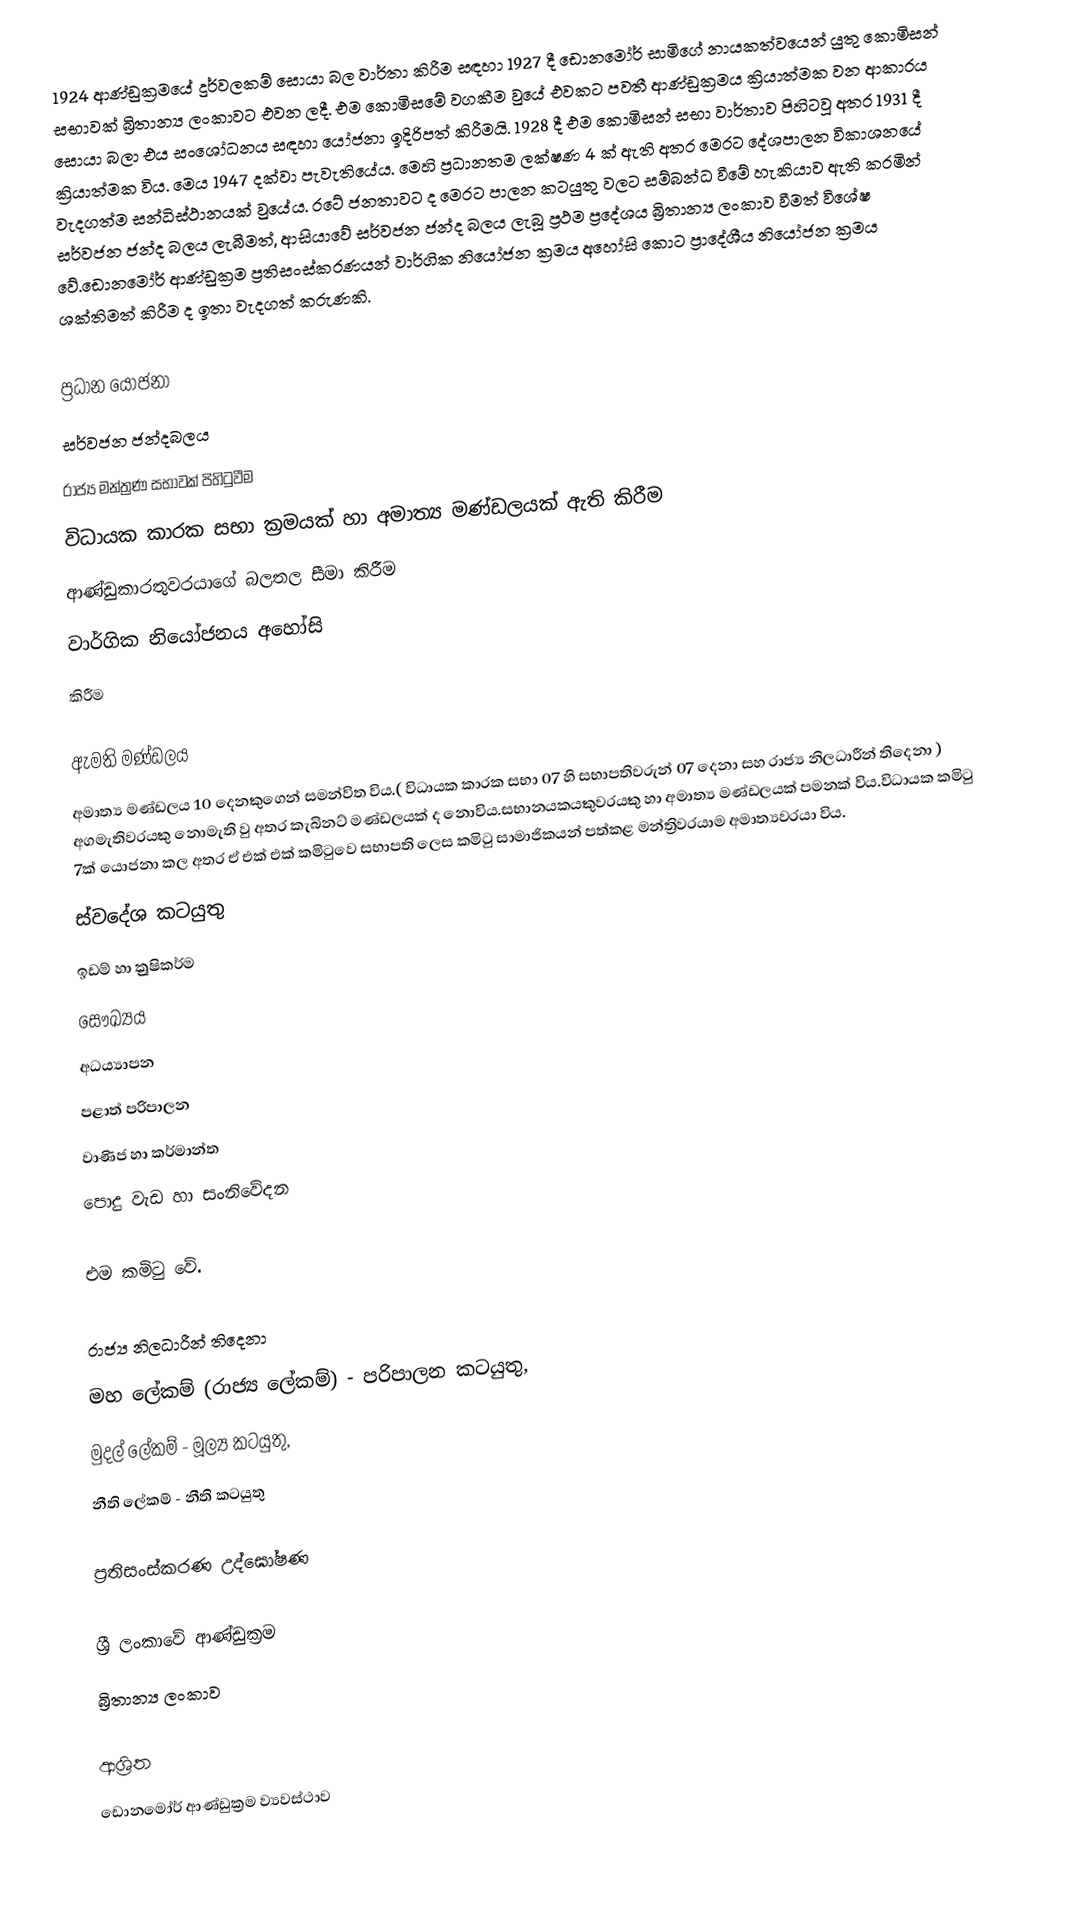
1924 ආණ්ඩුක්‍රමයේ  දුර්වලකම් සොයා බල වාර්තා කිරීම සඳහා 1927 දී ඩොනමෝර් සාමිගේ නායකත්වයෙන් යුතු කොමිසන් සභාවක් බ්‍රිතාන්‍ය ලංකාවට එවන ලදී. එම කොමිසමේ වගකීම වුයේ එවකට පවතී ආණ්ඩුක්‍රමය ක්‍රියාත්මක වන ආකාරය සොයා බලා එය සංශෝධනය සඳහා යෝජනා ඉදිරිපත් කිරීමයි. 1928 දී   එම කොමිසන් සභා වාර්තාව පිහිටවූ අතර 1931 දී ක්‍රියාත්මක විය. මෙය 1947 දක්වා පැවැතියේය. මෙහි ප්‍රධානතම ලක්ෂණ 4 ක් ඇති අතර මෙරට දේශපාලන විකාශනයේ වැදගත්ම සන්ධිස්ථානයක් වුයේය. රටේ ජනතාවට ද මෙරට පාලන කටයුතු වලට සම්බන්ධ වීමේ හැකියාව ඇති කරමින් සර්වජන ජන්ද බලය ලැබීමත්, ආසියාවේ සර්වජන ජන්ද බලය ලැබූ ප්‍රථම ප්‍රදේශය   බ්‍රිතාන්‍ය ලංකාව වීමත් විශේෂ වේ.ඩොනමෝර් ආණ්ඩුක්‍රම ප්‍රතිසංස්කරණයන් වාර්ගික නියෝජන ක්‍රමය අහෝසි කොට ප්‍රාදේශීය නියෝජන ක්‍රමය ශක්තිමත් කිරීම ද ඉතා වැදගත් කරුණකි.

ප්‍රධාන යෝජනා
 සර්වජන ජන්දබලය
 රාජ්‍ය මන්ත්‍රණ සභාවක් පිහිටුවීම
 විධායක කාරක සභා ක්‍රමයක් හා අමාත්‍ය මණ්ඩලයක් ඇති කිරීම
 ආණ්ඩුකාරතුවරයාගේ බලතල සීමා කිරීම
වාර්ගික නියෝජනය අහෝසි
කිරීම

ඇමති මණ්ඩලය
අමාත්‍ය මණ්ඩලය 10 දෙනකුගෙන් සමන්විත විය.( විධායක කාරක සභා 07 හි සභාපතිවරුන් 07 දෙනා සහ රාජ්‍ය නිලධාරීන් තිදෙනා ) අගමැතිවරයකු නොමැති වු අතර කැබිනට් මණ්ඩලයක් ද නොවිය.සභානයකයකුවරයකු හා අමාත්‍ය මණ්ඩලයක් පමනක් විය.විධායක කමිටු 7ක් යොජනා කල අතර ඒ එක් එක් කමිටුවෙ සභාපති ලෙස කමිටු සාමාජිකයන් පත්කළ මන්ත්‍රිවරයාම අමාත්‍යවරයා විය.
 ස්වදේශ කටයුතු
 ඉඩම් හා ක්‍රුෂිකර්ම
 සෞඛ්‍යය
 අධ‍‍ය්‍යාපන
 පළාත් පරිපාලන
 වාණිජ හා කර්මාන්ත
 පොදු වැඩ හා සංනිවේදන

එම කමිටු වේ.

රාජ්‍ය නිලධාරීන් තිදෙනා
 මහ ලේකම් (රාජ්‍ය ලේකම්) - පරිපාලන කටයුතු,
 මුදල් ලේකම් - මූල්‍ය කටයුතු,
 නීති ලේකම් - නීති කටයුතු

ප්‍රතිසංස්කරණ උද්ඝෝෂණ

ශ්‍රී ලංකාවේ ආණ්ඩුක්‍රම
බ්‍රිතාන්‍ය ලංකාව

ආශ්‍රිත
 ඩොනමෝර් ආණ්ඩුක්‍රම ව්‍යවස්ථාව